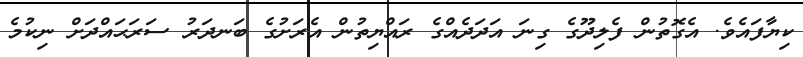
ކިޔާފައެވެ. އެގޮތުން ފެލިދޫގެ ގިނަ އަދަދެއްގެ ރައްޔިތުން އެރަށުގެ ބަނދަރު ސަރަޙައްދަށް ނިކުމެ